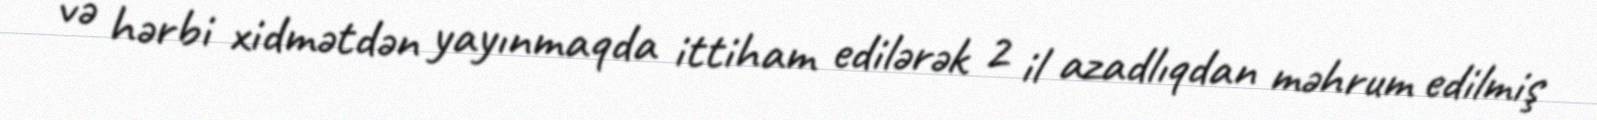
və hərbi xidmətdən yayınmaqda ittiham edilərək 2 il azadlıqdan məhrum edilmiş